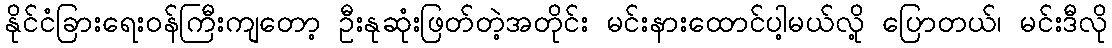
နိုင်ငံခြားရေးဝန်ကြီးကျတော့ ဦးနုဆုံးဖြတ်တဲ့အတိုင်း မင်းနားထောင်ပါ့မယ်လို့ ပြောတယ်၊ မင်းဒီလို